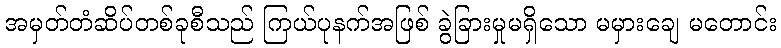
အမှတ်တံဆိပ်တစ်ခုစီသည် ကြယ်ပုနက်အဖြစ် ခွဲခြားမှုမရှိသော မမှားချေ မတောင်း